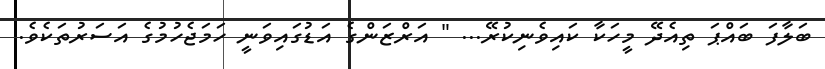
ބަލާފަ ބައްޕަ ތިއެދޭ މީހަކާ ކައިވެނިކުރޭ... " އަރްޒަންގެ އަޑުގައިވަނީ ހަމަޖެހުމުގެ އަސަރުތަކެވެ.